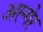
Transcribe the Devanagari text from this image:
अल्गेर